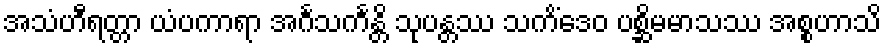
အသံဟီရတ္တာ ယံပကာရာ အင်္ဂသင်္ကန္တိ သုပန္တဿ သကိံဒေဝ ပစ္ဆိမမာသဿ အစ္စဟာသိ